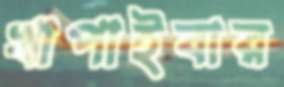
খাপাইবার